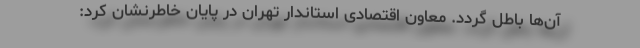
آن‌ها باطل گردد. معاون اقتصادی استاندار تهران در پایان خاطرنشان کرد: